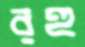
রহু